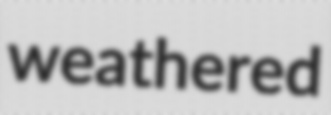
weathered